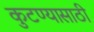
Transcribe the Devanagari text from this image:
कुटण्यासाठी